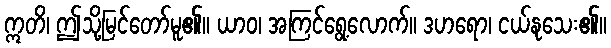
ဣတိ၊ ဤသို့မြင်တော်မူ၏။ ယာဝ၊ အကြင်ရွေ့လောက်။ ဒဟရော၊ ငယ်နုသေး၏။